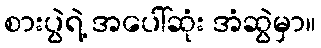
စားပွဲရဲ့ အပေါ်ဆုံး အံဆွဲမှာ။